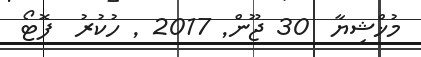
މުޚްޝިޔާ  30 ޖޫން